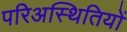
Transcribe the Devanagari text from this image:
परिअस्थितियों